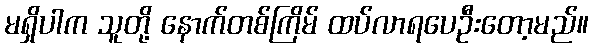
မရှိပါက သူတို့ နောက်တစ်ကြိမ် ထပ်လာရပေဦးတော့မည်။